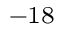
^ { - 1 8 }